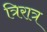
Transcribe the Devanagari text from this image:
त्रिरात्र